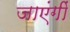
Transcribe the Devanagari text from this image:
जाएंगीं